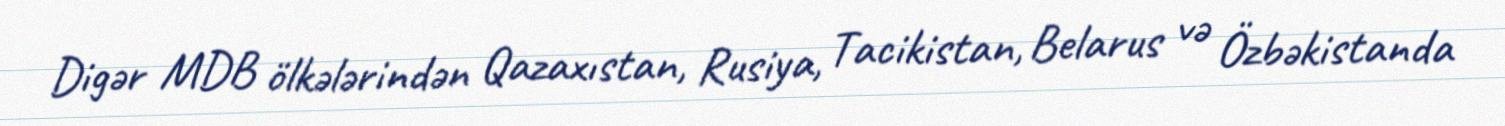
Digər MDB ölkələrindən Qazaxıstan, Rusiya, Tacikistan, Belarus və Özbəkistanda